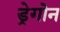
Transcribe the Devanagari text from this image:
ड्रेगोन